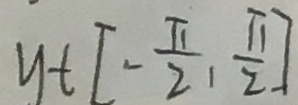
y t [ - \frac { \pi } { 2 } , \frac { \pi } { 2 } ]